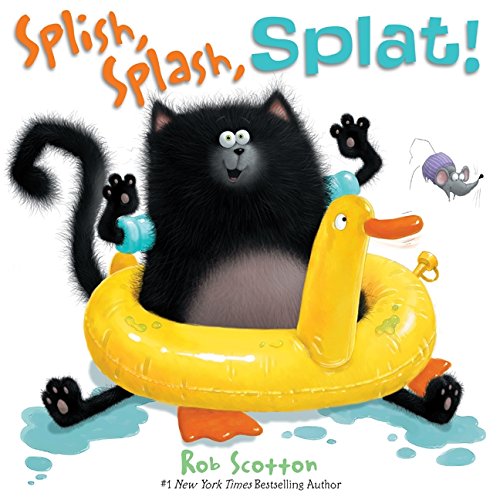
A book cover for Splish, Splash, Splat! (Splat the Cat); Rob Scotton; Children's Books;